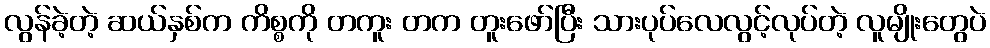
လွန်ခဲ့တဲ့ ဆယ်နှစ်က ကိစ္စကို တကူး တက တူးဖော်ပြီး သားပုပ်လေလွင့်လုပ်တဲ့ လူမျိုးတွေပဲ